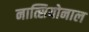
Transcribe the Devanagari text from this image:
नात्सियोनाल